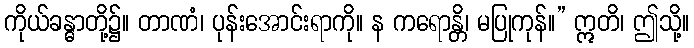
ကိုယ်ခန္ဓာတို့၌။ တာဏံ၊ ပုန်းအောင်းရာကို။ န ကရောန္တိ၊ မပြုကုန်။” ဣတိ၊ ဤသို့။